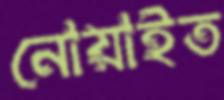
নোয়াইত